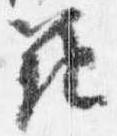
範